Scottish Leaving Certificate Examination, 1961
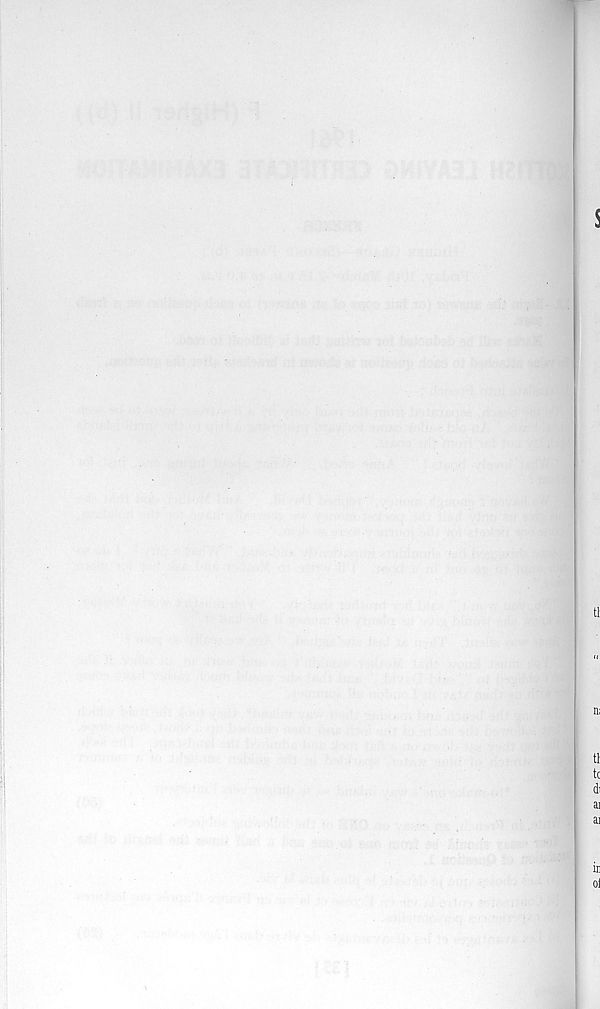
s
tl
n:
tl
tc
di
ai
ai
in
o]